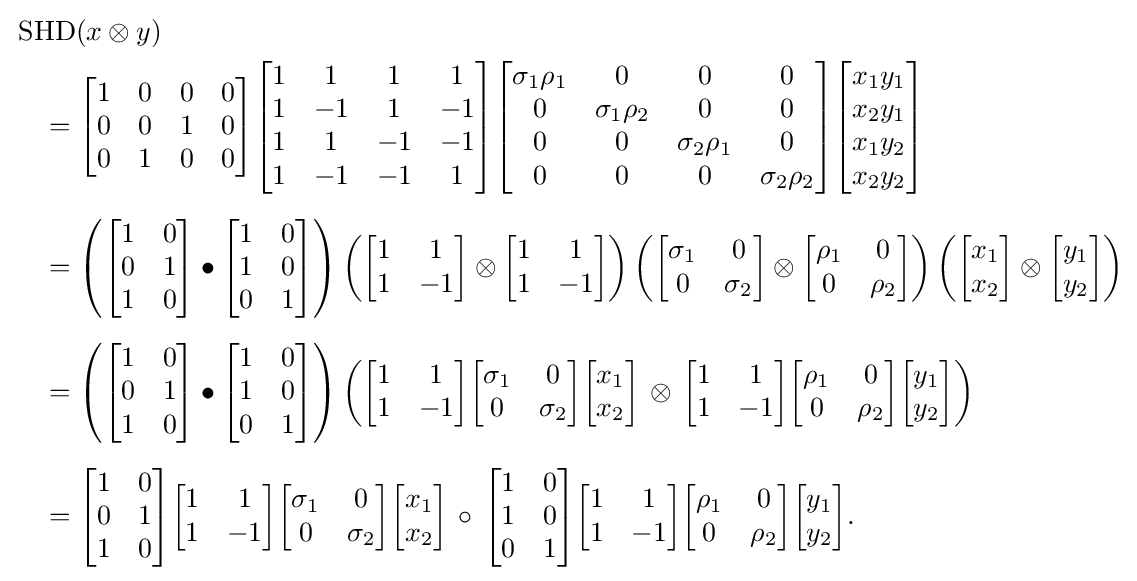
{\begin{aligned}&\operatorname {SHD} (x\otimes y)\\&\quad ={\begin{bmatrix}1&0&0&0\\0&0&1&0\\0&1&0&0\end{bmatrix}}{\begin{bmatrix}1&1&1&1\\1&-1&1&-1\\1&1&-1&-1\\1&-1&-1&1\end{bmatrix}}{\begin{bmatrix}\sigma _{1}\rho _{1}&0&0&0\\0&\sigma _{1}\rho _{2}&0&0\\0&0&\sigma _{2}\rho _{1}&0\\0&0&0&\sigma _{2}\rho _{2}\\\end{bmatrix}}{\begin{bmatrix}x_{1}y_{1}\\x_{2}y_{1}\\x_{1}y_{2}\\x_{2}y_{2}\end{bmatrix}}\\[5pt]&\quad =\left({\begin{bmatrix}1&0\\0&1\\1&0\end{bmatrix}}\bullet {\begin{bmatrix}1&0\\1&0\\0&1\end{bmatrix}}\right)\left({\begin{bmatrix}1&1\\1&-1\end{bmatrix}}\otimes {\begin{bmatrix}1&1\\1&-1\end{bmatrix}}\right)\left({\begin{bmatrix}\sigma _{1}&0\\0&\sigma _{2}\\\end{bmatrix}}\otimes {\begin{bmatrix}\rho _{1}&0\\0&\rho _{2}\\\end{bmatrix}}\right)\left({\begin{bmatrix}x_{1}\\x_{2}\end{bmatrix}}\otimes {\begin{bmatrix}y_{1}\\y_{2}\end{bmatrix}}\right)\\[5pt]&\quad =\left({\begin{bmatrix}1&0\\0&1\\1&0\end{bmatrix}}\bullet {\begin{bmatrix}1&0\\1&0\\0&1\end{bmatrix}}\right)\left({\begin{bmatrix}1&1\\1&-1\end{bmatrix}}{\begin{bmatrix}\sigma _{1}&0\\0&\sigma _{2}\\\end{bmatrix}}{\begin{bmatrix}x_{1}\\x_{2}\end{bmatrix}}\,\otimes \,{\begin{bmatrix}1&1\\1&-1\end{bmatrix}}{\begin{bmatrix}\rho _{1}&0\\0&\rho _{2}\\\end{bmatrix}}{\begin{bmatrix}y_{1}\\y_{2}\end{bmatrix}}\right)\\[5pt]&\quad ={\begin{bmatrix}1&0\\0&1\\1&0\end{bmatrix}}{\begin{bmatrix}1&1\\1&-1\end{bmatrix}}{\begin{bmatrix}\sigma _{1}&0\\0&\sigma _{2}\\\end{bmatrix}}{\begin{bmatrix}x_{1}\\x_{2}\end{bmatrix}}\,\circ \,{\begin{bmatrix}1&0\\1&0\\0&1\end{bmatrix}}{\begin{bmatrix}1&1\\1&-1\end{bmatrix}}{\begin{bmatrix}\rho _{1}&0\\0&\rho _{2}\\\end{bmatrix}}{\begin{bmatrix}y_{1}\\y_{2}\end{bmatrix}}.\end{aligned}}